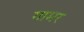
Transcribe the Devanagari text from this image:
गामर